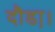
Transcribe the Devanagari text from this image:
दौडा़।